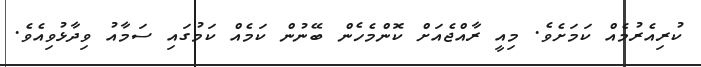
ކުރިއެރުމެއް ކަމަށެވެ. މިއީ ރާއްޖެއަށް ކޮންމެހެން ބޭނުން ކަމެއް ކަމުގައި ސަމާއު ވިދާޅުވިއެވެ.